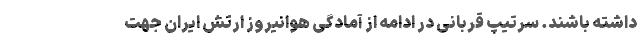
داشته باشند. سرتیپ قربانی در ادامه از آمادگی هوانیروز ارتش ایران جهت